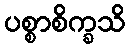
ပစ္စာစိက္ခသိ